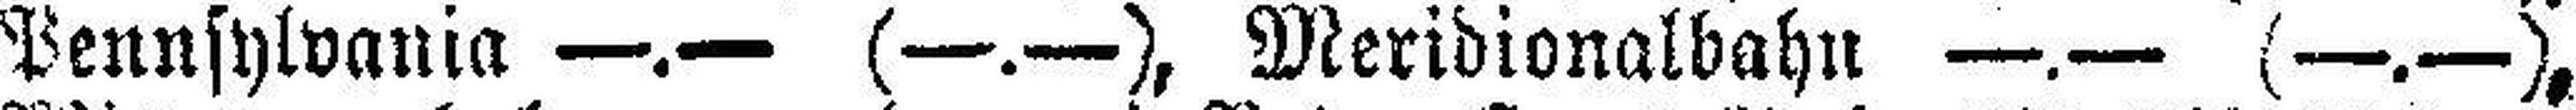
Pennsylvania —.— (—.—), Meridionalbahn —.— (—.—),